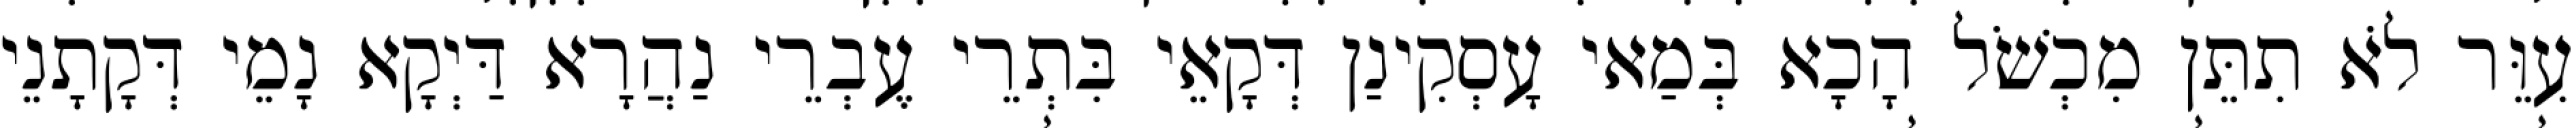
עִוֵּר לֹא תִתֵּן מִכְשֹׁל הָכָא בְּמַאי עָסְקִינַן דְּקָאֵי בִּתְרֵי עֶבְרֵי נַהֲרָא דַּיְקָא נָמֵי דְּקָתָנֵי